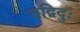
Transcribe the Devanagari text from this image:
तद्विदुः